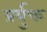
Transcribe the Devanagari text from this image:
प्रर्युक्त